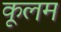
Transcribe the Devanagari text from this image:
कूलम